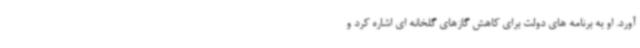
آورد. او به برنامه های دولت برای کاهش گازهای گلخانه ای اشاره کرد و